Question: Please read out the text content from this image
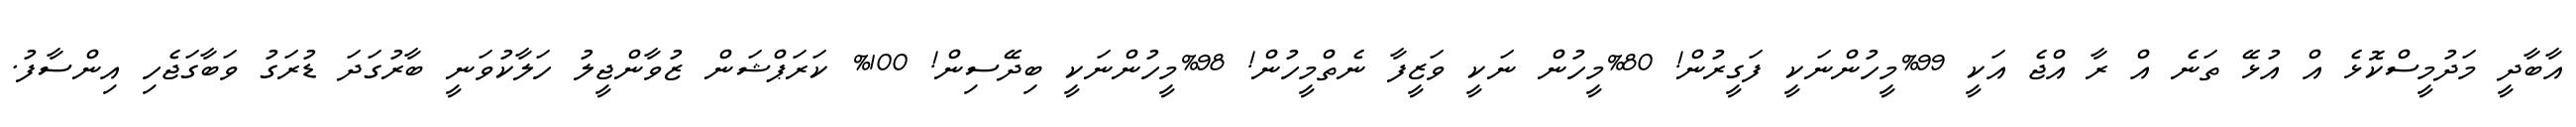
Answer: އާބާދީ މަދުމީސްކޮޅެ އް އުޅޭ ތަނެ އް ރާ އްޖެ އަކީ 99%މީހުންނަކީ ފަގީރުން! 80%މީހުން ނަކީ ވަޒީފާ ނެތްމީހުން! 98%މީހުންނަކީ ބިދޭސިން! 100% ކަރަޕްޝަން ޒުވާންޖީލު ހަލާކުވަނީ ބާރުގަދަ ޑުރަގު ވަބާގަޖެހި އިންސާފު.